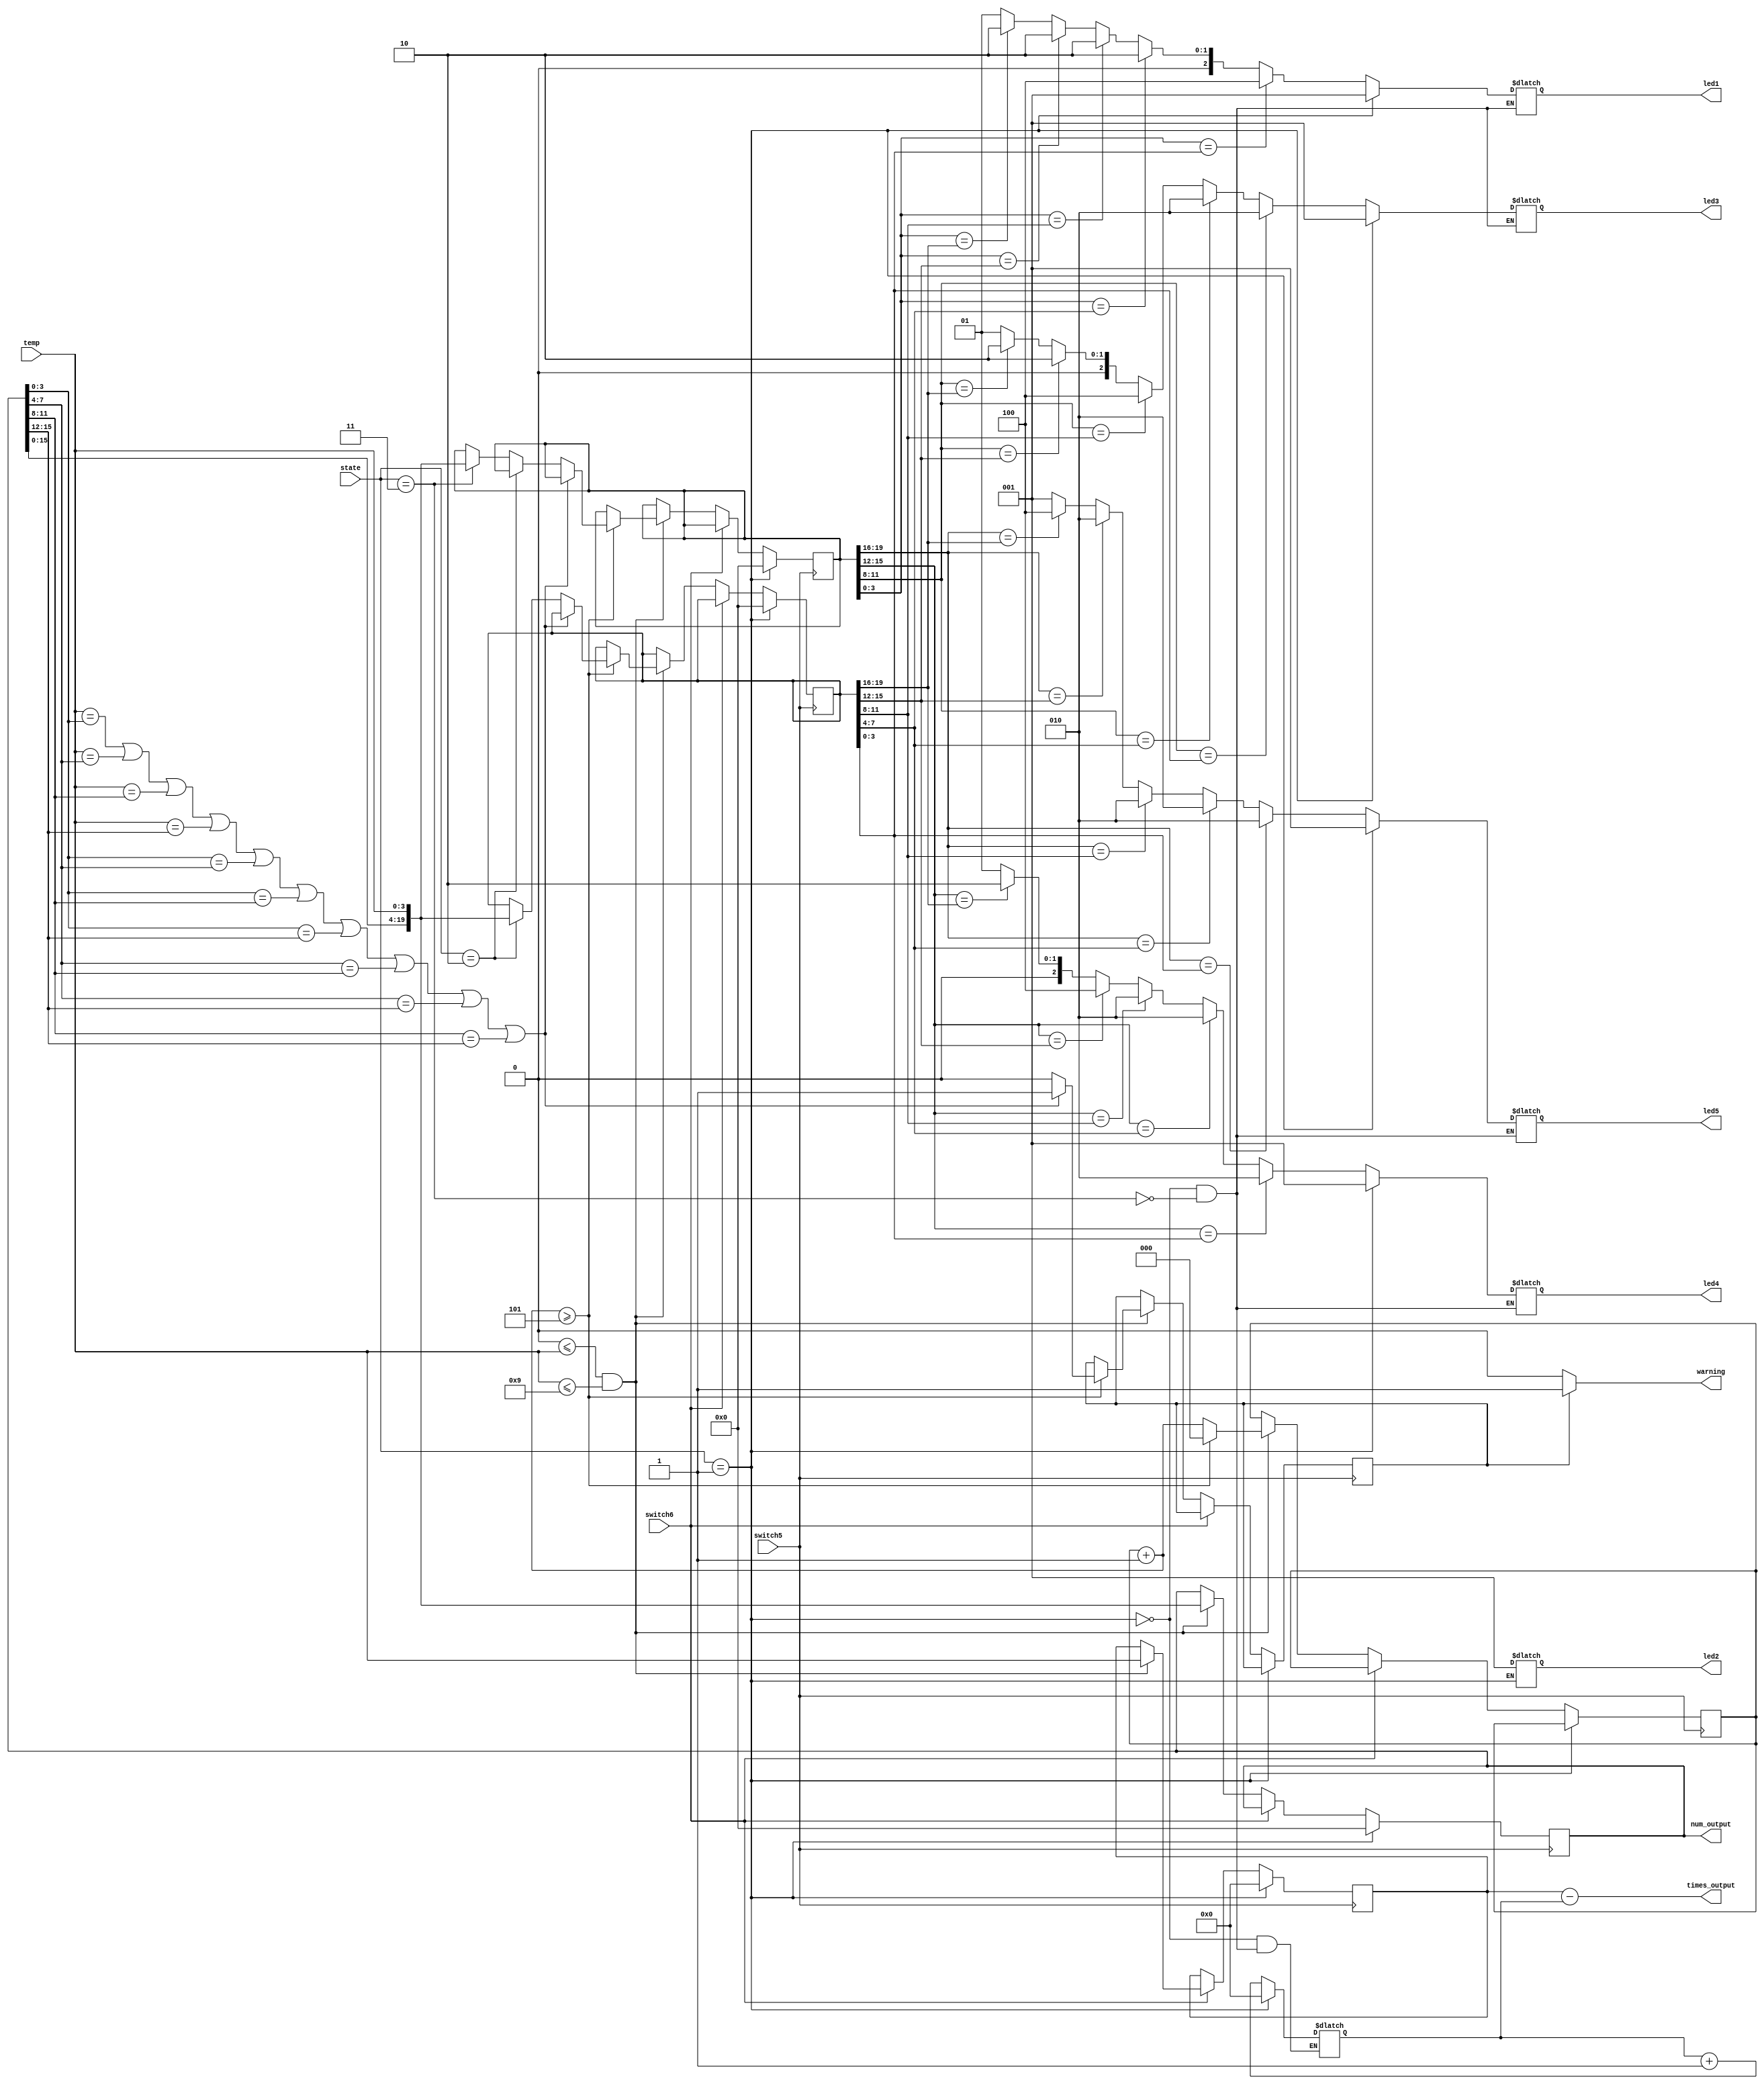
module temp (
    input switch5, input switch6,
    input [3:0] temp,   // a digit from 1~4th
    input [1:0] state,  
    output reg[19:0] num_output,    // for 7-seg    
    output reg[3:0] times_output,     // for 7-seg
    output reg[2:0] led1, led2, led3, led4, led5,    // for LED
    output reg warning  
);


reg[19:0] num_temp = 0;    // store, before check duplication
reg[19:0] num;
reg[19:0] num_guess;
reg[3:0] times_temp = 0;
reg[3:0] times_guess = 0;
reg[2:0] i = 0;    // pointer of the num digits
reg is_duplicated = 0;
reg[3:0] t1, t2, t3, t4, t5;


always@(*) begin
    if (is_duplicated == 1) begin
        warning = 1;
    end
    else begin
        warning = 0;
    end
end

always@(*) begin    // output of num (for 7-seg)
    num_output = num_temp;
    times_output = times_temp - times_guess;
end


always@(num_guess) begin    // update times_guess, decide led
    if (state == 1) begin    // initialize
        times_guess <= 0;
        led1 <= 1;
        led2 <= 1;
        led3 <= 1;
        led4 <= 1;
        led5 <= 1;
    end
    else begin
        if (state == 3) begin    // update times_guess, decide led
            times_guess = times_guess + 1;                          
            // LED
            // compare digit by digit
            case(num_guess[3:0])    // num_guess is the guess value
                num[3:0]: led1 <= 3'b100;    // num is the set value
                num[7:4]: led1 <= 3'b010;
                num[11:8]: led1 <= 3'b010;
                num[15:12]: led1 <= 3'b010;
                num[19:16]: led1 <= 3'b010;
                default led1 <= 3'b001;
            endcase

            case(num_guess[7:4])
                num[3:0]: led3 <= 3'b010;
                num[7:4]: led3 <= 3'b100;
                num[11:8]: led3 <= 3'b010;
                num[15:12]: led3 <= 3'b010;
                num[19:16]: led3 <= 3'b010;
                default  led3 <= 3'b001;
            endcase

            case(num_guess[11:8])
                num[3:0]: led3 <= 3'b010;
                num[7:4]: led3 <= 3'b010;
                num[11:8]: led3 <= 3'b100;
                num[15:12]: led3 <= 3'b010;
                num[19:16]: led3 <= 3'b010;
                default  led3 <= 3'b001;
            endcase

            case(num_guess[15:12])
                num[3:0]: led4 <= 3'b010;
                num[7:4]: led4 <= 3'b010;
                num[11:8]: led4 <= 3'b010;
                num[15:12]: led4 <= 3'b100;
                num[19:16]: led4 <= 3'b010;
                default led4 <= 3'b001;
            endcase

            case(num_guess[19:16])
                num[3:0]: led5 <= 3'b010;
                num[7:4]: led5 <= 3'b010;
                num[11:8]: led5 <= 3'b010;
                num[15:12]: led5 <= 3'b010;
                num[19:16]: led5 <= 3'b100;
                default led5 <= 3'b001;
            endcase
        end
    end
end


always@(posedge switch5) begin    
    if (state == 1) begin
        num <= 0;
        num_guess <= 0;
        num_temp <= 0;
        times_temp <= 0;
    end
    else begin
        if (switch6) begin    // read in as times
            if (0 <= temp && temp <= 9) begin
                times_temp <= temp;
            end 
        end
        else begin    // read in as num
            if (0 <= temp && temp <= 9) begin
                i = i + 1;
                num_temp = {num_temp[15:0], temp[3:0]};
                if (i >= 5) begin

                    // check if the whole five digit is valid
                    is_duplicated = 0;                                        

                    t1 = num_temp >> 0;    // shift operator
                    t2 = num_temp >> 4;
                    t3 = num_temp >> 8;
                    t4 = num_temp >> 12;
                    t5 = num_temp >> 16;

                    if ((t1==t2)||(t1==t3)||(t1==t4)||(t1==t5)||(t2==t3)||
                    (t2==t4)||(t2==t5)||(t3==t4)||(t3==t5)||(t4==t5)) begin
                        is_duplicated = 1;
                    end
                    else begin
                        if (state == 2) begin
                            num = num_temp;
                        end
                        else if (state == 3) begin
                            num_guess = num_temp;
                        end
                    end

                    i = 0;
                end
            end
        end
    end
end

endmodule